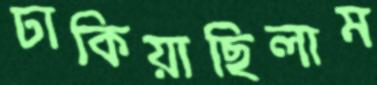
ঢাকিয়াছিলাম